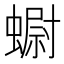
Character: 𧐇